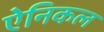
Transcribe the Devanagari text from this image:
ऐनिकल